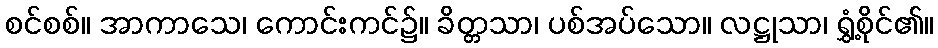
စင်စစ်။ အာကာသေ၊ ကောင်းကင်၌။ ခိတ္တသာ၊ ပစ်အပ်သော။ လဋ္ဌုသာ၊ ရွှံ့စိုင်၏။